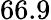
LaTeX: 66.9